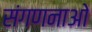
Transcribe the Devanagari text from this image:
संगणनाओ